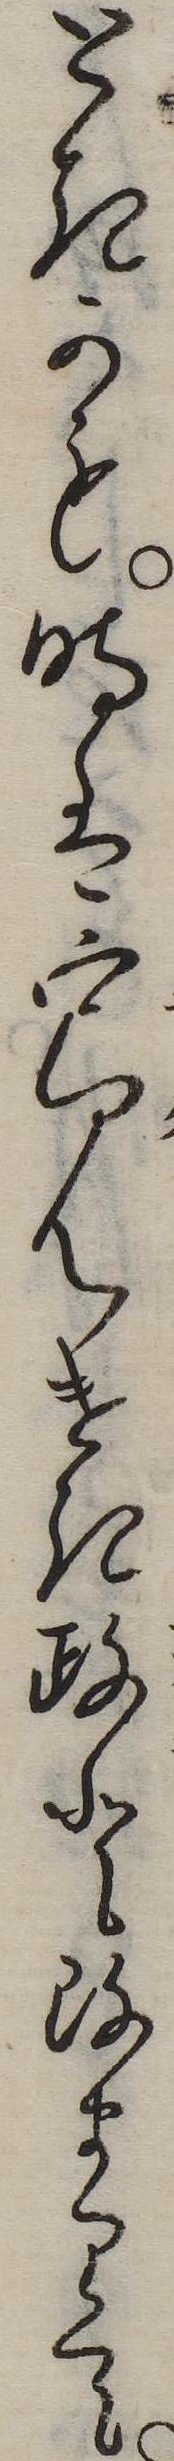
ときかも時は寛けき政と改まりて